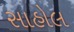
સાહોલ